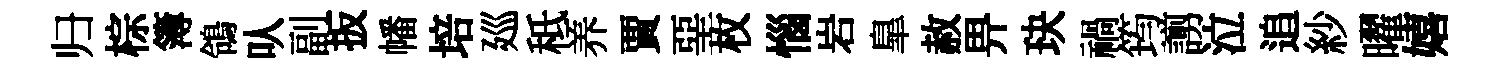
归棕簿鴒㕥副扳幡培廵秪养賈堊枚惱岩臯赦畀玦禍筠謭泣追紗曜嬉